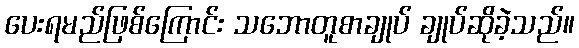
ပေးရမည်ဖြစ်ကြောင်း သဘောတူစာချုပ် ချုပ်ဆိုခဲ့သည်။